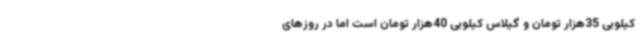
کیلویی 35هزار تومان و گیلاس کیلویی 40هزار تومان است اما در روزهای